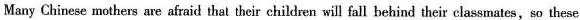
Many Chinese mothers are afraid that their children willfall behind their classmates,so these